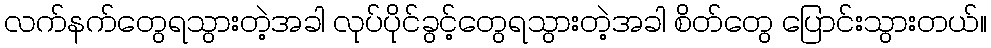
လက်နက်တွေရသွားတဲ့အခါ လုပ်ပိုင်ခွင့်တွေရသွားတဲ့အခါ စိတ်တွေ ပြောင်းသွားတယ်။